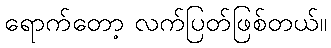
ရောက်တော့ လက်ပြတ်ဖြစ်တယ်။